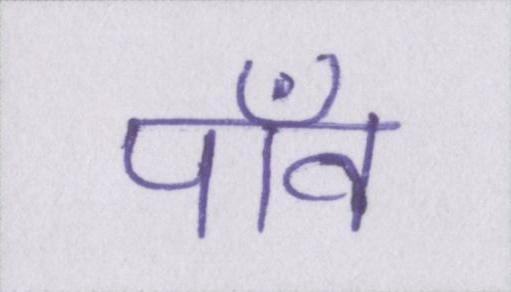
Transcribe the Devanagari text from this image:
पाँव